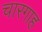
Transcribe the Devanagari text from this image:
चारगाह